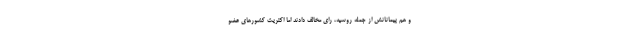
و هم پیمانانش از جمله روسیه، رای مخالف دادند اما اکثریت کشورهای عضو